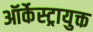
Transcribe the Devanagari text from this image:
ऑर्केस्ट्रायुक्त